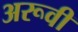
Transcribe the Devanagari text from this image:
अरूवी